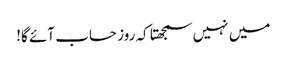
میں نہیں سمجھتا کہ روز حساب آئے گا!